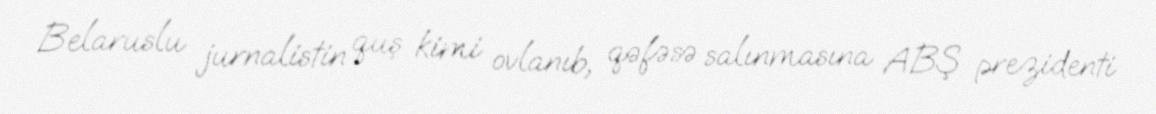
Belaruslu jurnalistin quş kimi ovlanıb, qəfəsə salınmasına ABŞ prezidenti